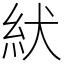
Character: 紎